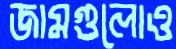
জামগুলোও